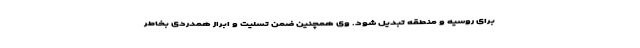
برای روسیه و منطقه تبدیل شود. وی همچنین ضمن تسلیت و ابراز همدردی بخاطر